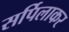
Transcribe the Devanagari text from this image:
सर्पिलाकर